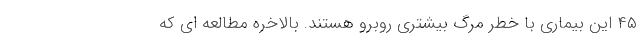
۴۵ این بیماری با خطر مرگ بیشتری روبرو هستند. بالاخره مطالعه ای که